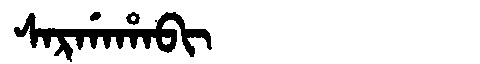
Manchu: ᠰᠠᡵᡤᠠᡥᠠᠪᡳ
Romanization: SARGAHABI